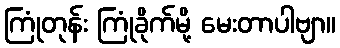
ကြုံတုန်း ကြုံခိုက်မို့ မေးတာပါဗျာ။